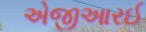
એજીઆરઈ